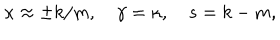
LaTeX: \kappa \approx \pm k / m , \quad \gamma = \kappa , \quad s = k - m ,